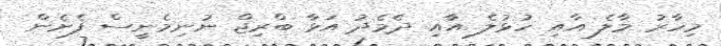
މިހާރު މާލެ އާއި ހުޅުލެ އާއި ދެމެދު އަޅާ ބްރިޖް ނުނިމެނީސް ފެށެން